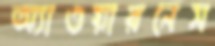
অ্যাওয়ারনেস